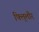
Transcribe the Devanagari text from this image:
फ्लि्लौर